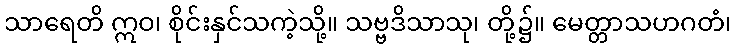
သာရေတိ ဣဝ၊ စိုင်းနှင်သကဲ့သို့။ သဗ္ဗဒိသာသု၊ တို့၌။ မေတ္တာသဟဂတံ၊